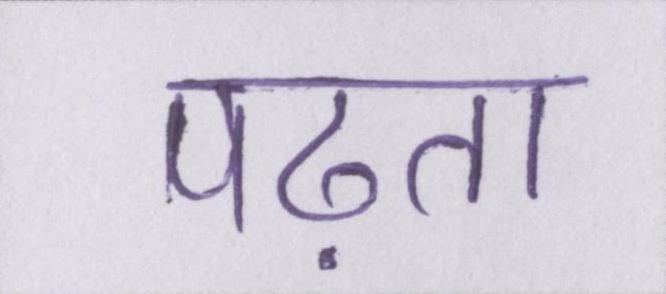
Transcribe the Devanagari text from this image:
पढ़ता